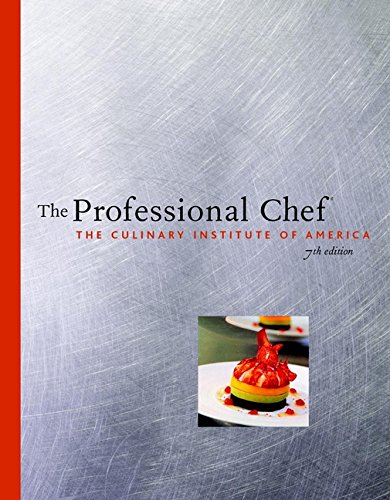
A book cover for The Professional Chef; Culinary Institute of America; Cookbooks, Food & Wine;